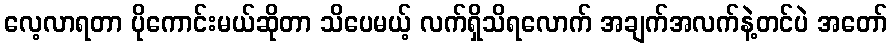
လေ့လာရတာ ပိုကောင်းမယ်ဆိုတာ သိပေမယ့် လက်ရှိသိရလောက် အချက်အလက်နဲ့တင်ပဲ အတော်